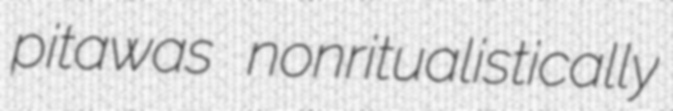
pitawas nonritualistically